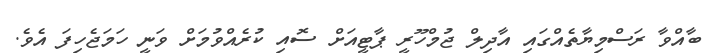
ބާއްވާ ރަސްމިޔާތެއްގައި އާދިލް ޖުމްހޫރީ ޕާޓީއަށް ސޮއި ކުރެއްވުމަށް ވަނީ ހަމަޖެހިފަ އެވެ.